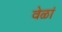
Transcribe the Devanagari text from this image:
वेळां